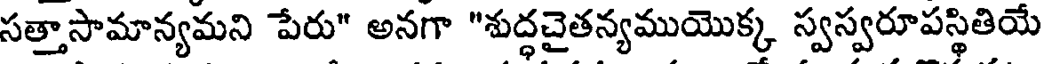
సత్తాసామాన్యమని పేరు" అనగా "శుద్ధచైతన్యముయొక్క స్వస్వరూపస్థితియే